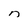
Character: n